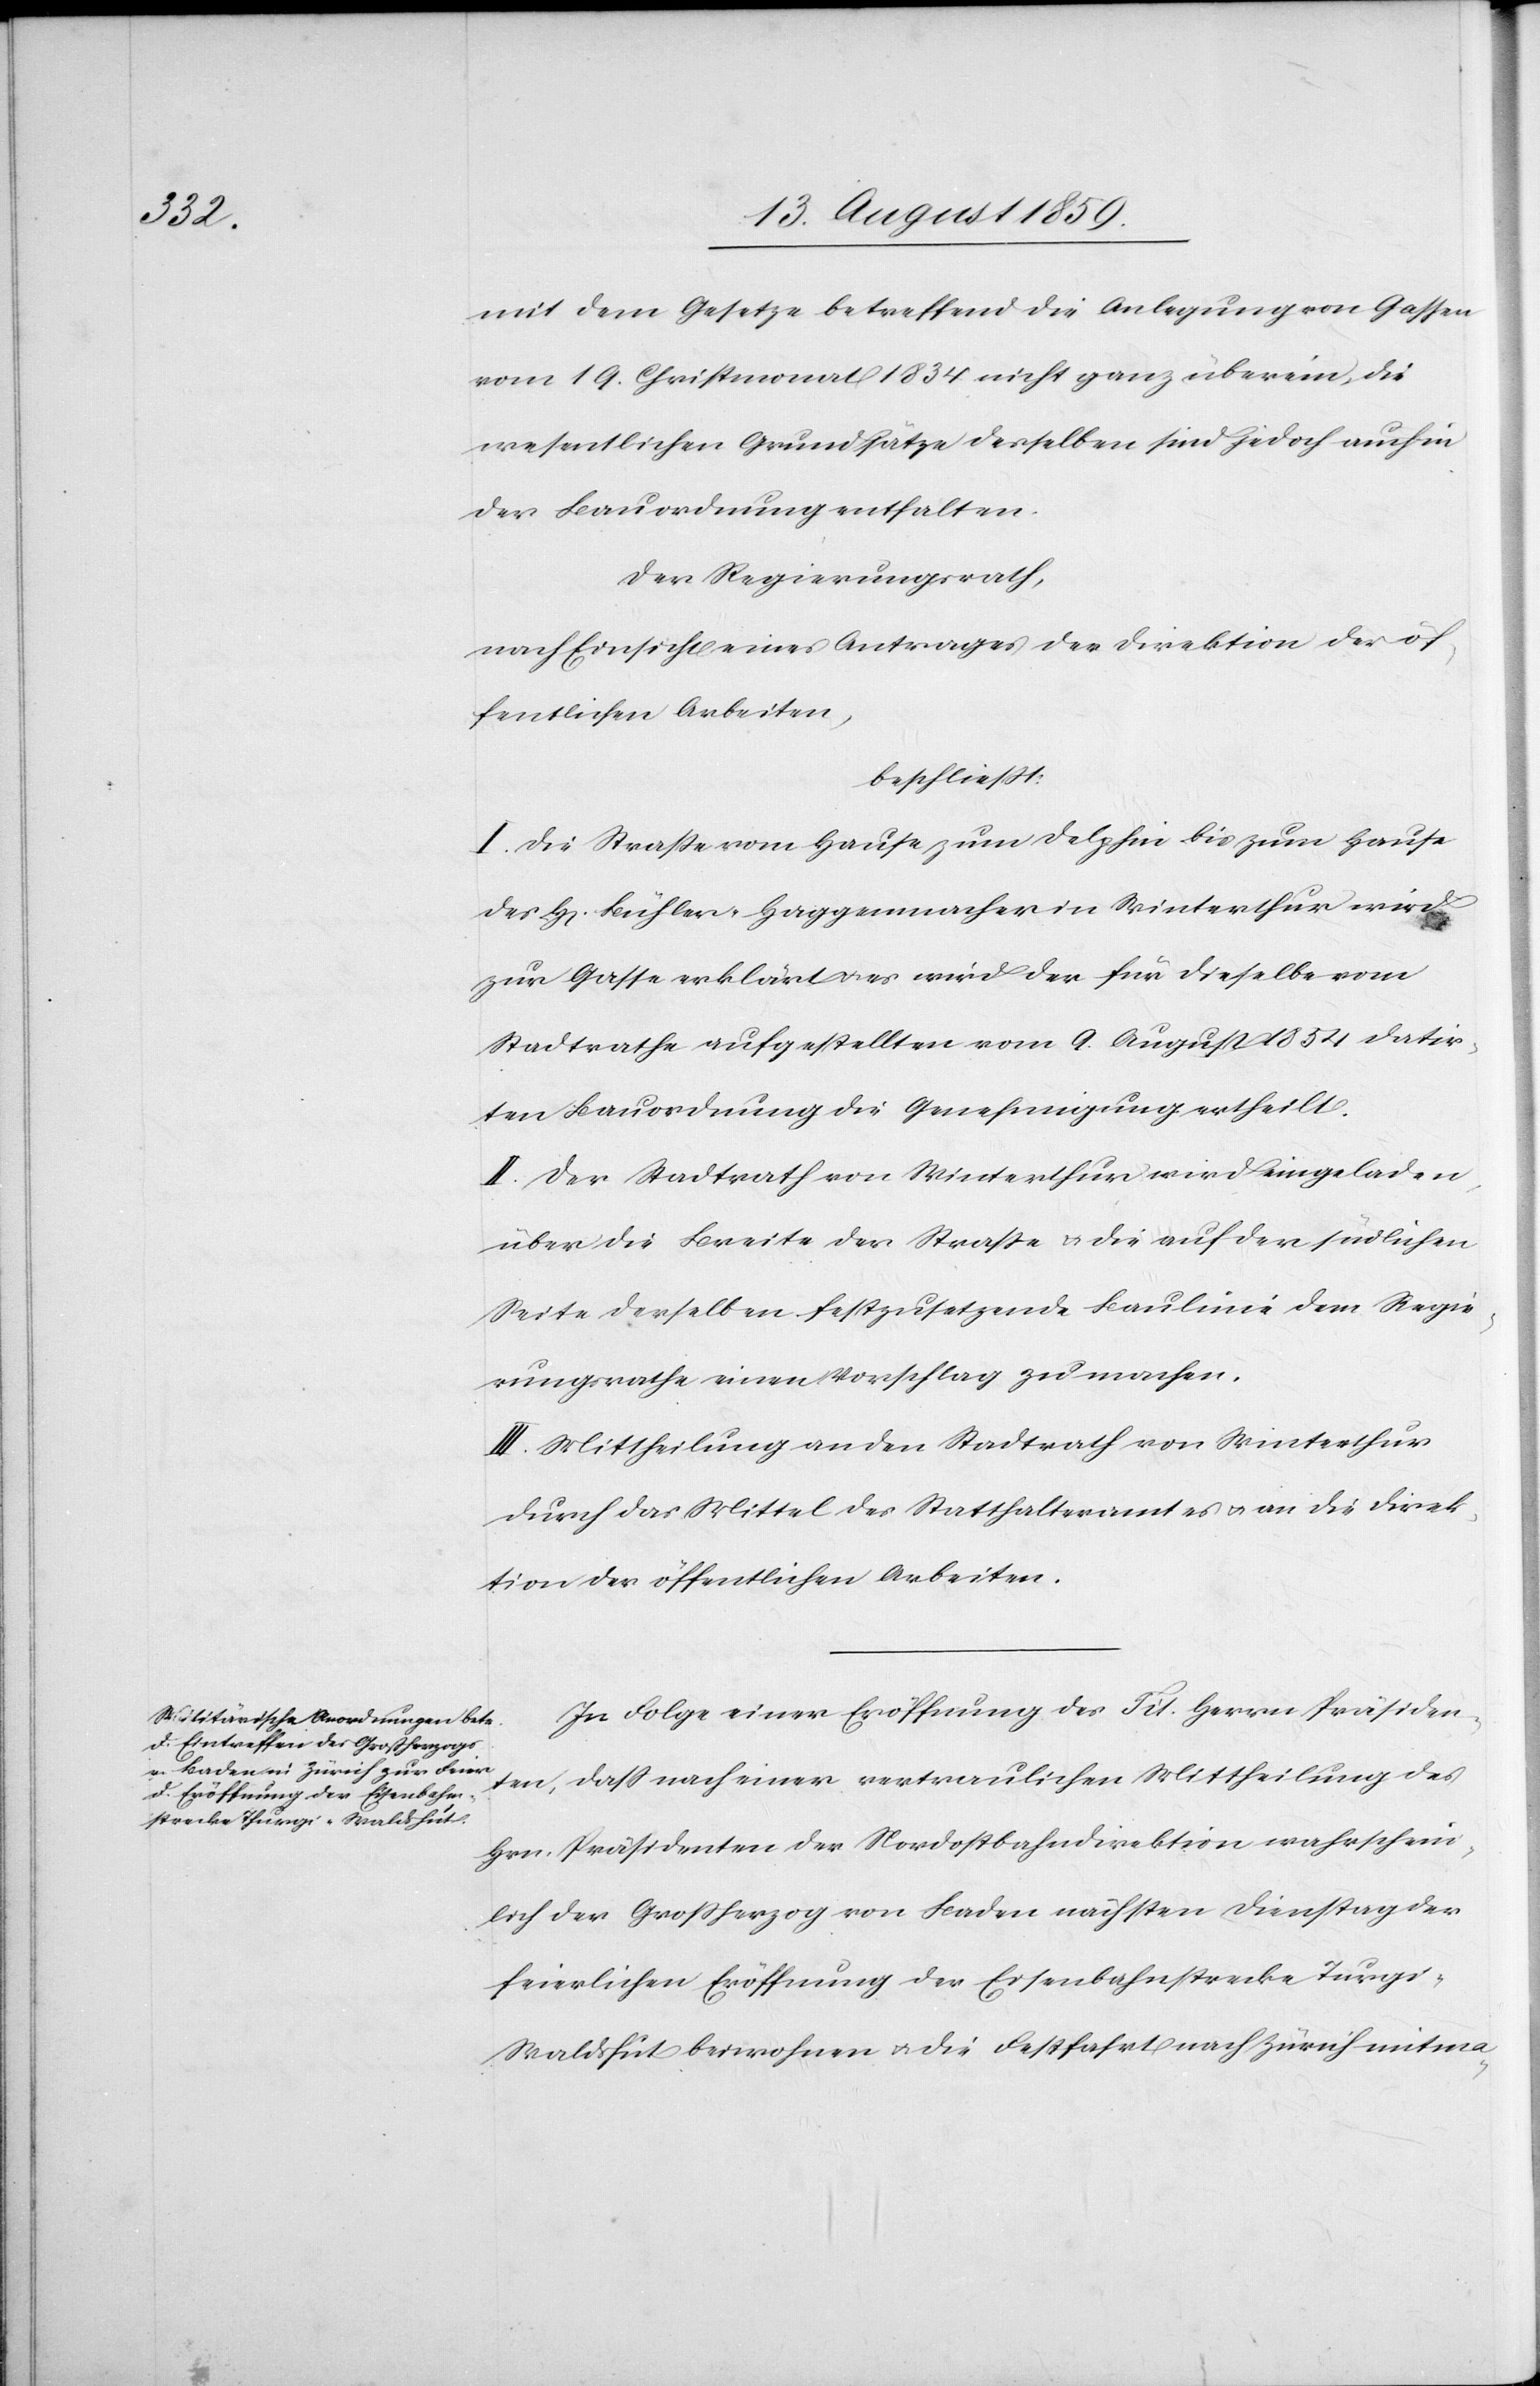
mit dem Gesetze betreffend die Anlegung von Gassen
vom 19. Christmonat 1834 nicht ganz überein, die
wesentlichen Grundsätze derselben sind jedoch auch in
der Bauordnung enthalten.
Der Regierungsrath,
nach Einsicht eines Antrages der Direktion der öf¬
fentlichen Arbeiten,
beschließt:
I. Die Straße vom Hause zum Delphin bis zum Hause
des H[errn] Bühler-Haggenmacher in Winterthur wird
zur Gasse erklärt & es wird der für dieselbe vom
Stadtrathe aufgestellten vom 9. August 1854 datir¬
ten Bauordnung die Genehmigung ertheilt.
II. Der Stadtrath von Winterthur wird eingeladen
über die Breite der Straße & die auf der südlichen
Seite derselben festzusetzende Baulinie dem Regie¬
rungsrathe einen Vorschlag zu machen.
III. Mittheilung an den Stadtrath von Winterthur
durch das Mittel des Statthalteramtes u. an die Direk¬
tion der öffentlichen Arbeiten.
In Folge einer Eröffnung des Tit. Herrn Präsiden¬
ten, daß nach einer vertraulichen Mittheilung des
Hrn. Präsidenten der Nordostbahndirektion wahrschein¬
lich der Großherzog von Baden nächsten Dienstag der
feierlichen Eröffnung der Eisenbahnstrecke Thurgi-W¬
aldshut beiwohnen & die Festfahrt nach Zürich mitma-